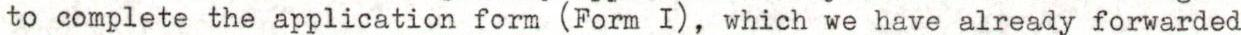
to complete the application form (Form I), which we have already forwarded